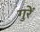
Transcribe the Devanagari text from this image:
गुरें